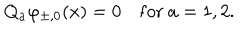
Q _ { a } \varphi _ { \pm , 0 } ( x ) = 0 ~ \mathrm { f o r } ~ a = 1 , 2 .